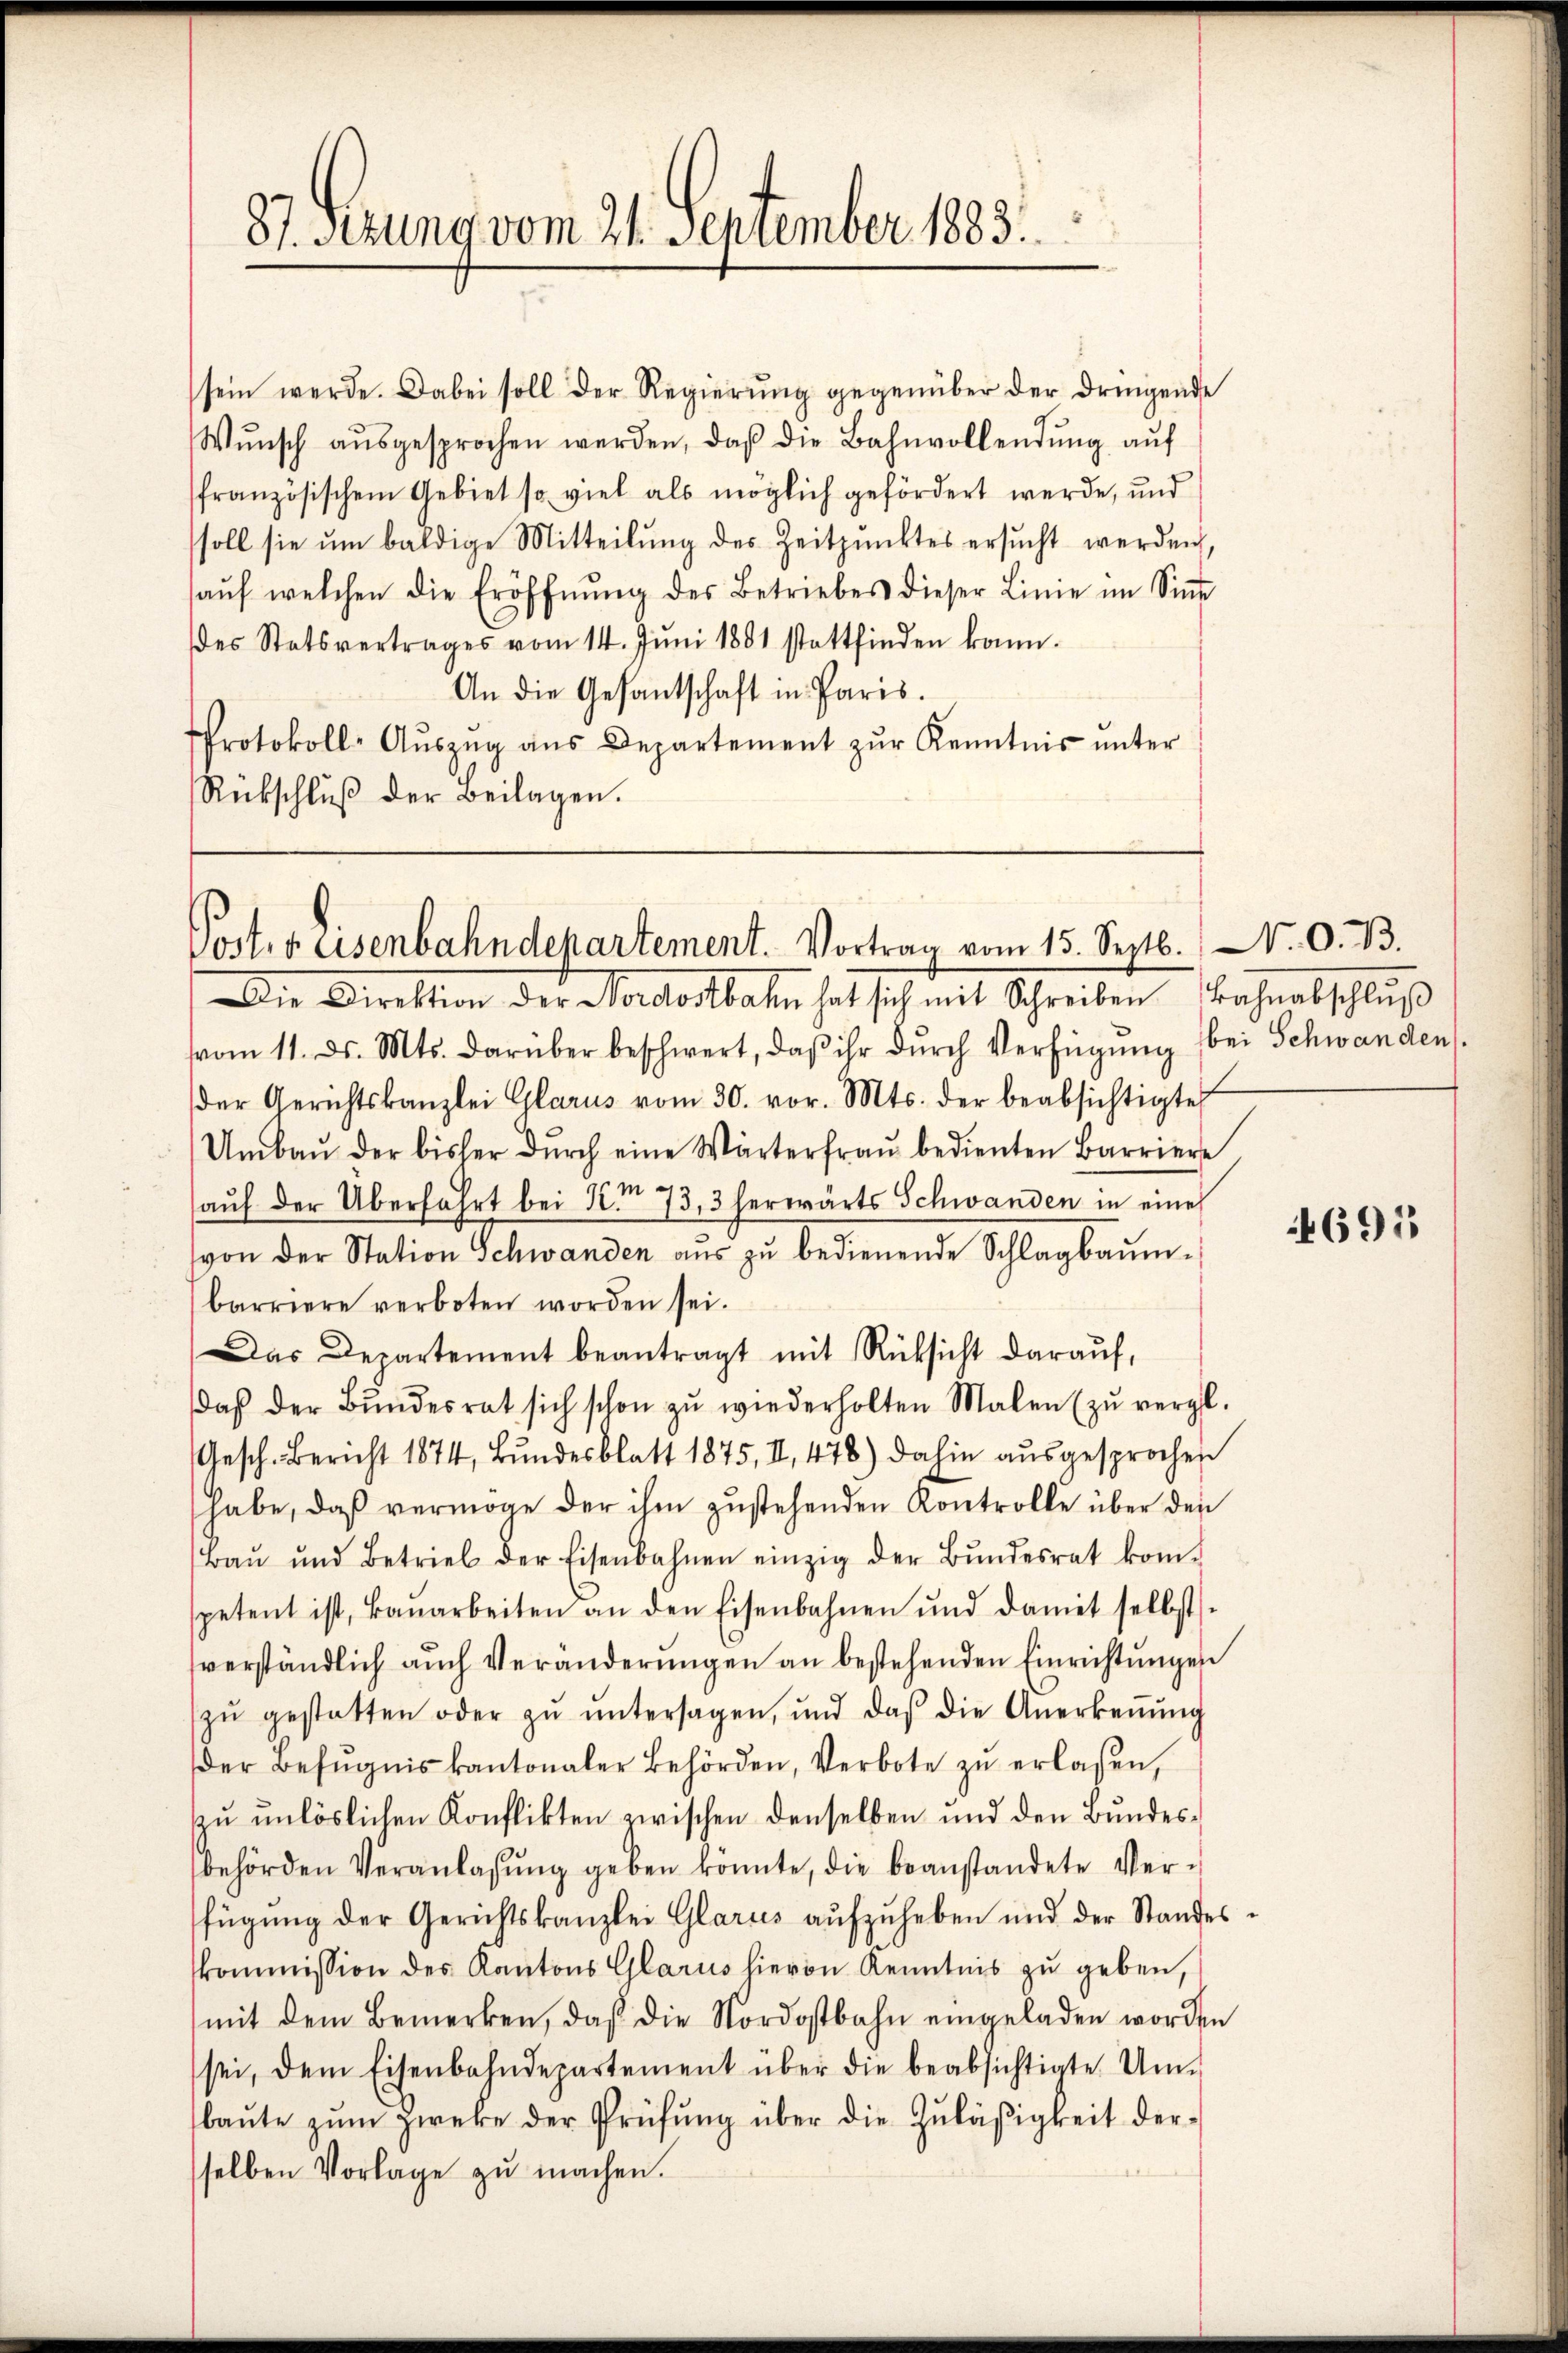
87. Ferung vom 21. September 1883.

sein werde. Dabei soll der Regierŭng gegenüber der dringende
Wŭnsch aŭsgesprochen werden, daβ die Bahnvollendŭng aŭf
französischem Gebiet so viel als möglich gefördert werde, und
soll sie um baldige Mitteilung des Zeitpunktes ersucht werden,
haŭf welchen die Eröffnŭng des Betriebes dieser Linie im Sinne
des Statsvertrages vom 14. Jŭni 1881 stattfinden kann.
An die Gesantschaft in Paris.
Protokoll-Aŭszŭg ans Departement zŭr Kenntnis ŭnter
Rückschlŭβ der Beilagen.

Post. v. Eisenbahndepartement. Vortrag vom 15. Septb.

Die Direktion der Nordostbahn hat sich mit Schreiben Bahnabschluß
vvom 11. ds. Mts. darüber beschwert, daβ ihr dŭrch Verfügŭng bei Schwanden
der Gerichtskanzlei Glarus vom 30. vor. Mts. der beabsichtigte
Umbaŭ der bisher dŭrch eine Wärterfraŭ bedienten Barriere
aŭf der Überfahrt bei § 73, 3 herwärts Schwanden in eine
von der Station Schwanden aŭs zŭ bedienende Schlagbaum-
barriere verboten worden sei.
Das Departement beantragt mit Rücksicht daraŭf,
daβ der Bŭndesrat sich schon zŭ wiederholten Malen (zŭ vergl.
Gesch. Bericht 1874, Bŭndesblatt 1875, II 478) dahin aŭsgesprochen
habe, daβ vermöge der ihm zŭstehenden Kontrolle über den
Baŭ und Betrieb der Eisenbahnen einzig der Bŭndesrat kom-
spetent ist, Baŭarbeiten an den Eisenbahnen und damit selbst-
verständlich auch Veränderungen an bestehenden Einrichtungen
zŭ gestatten oder zŭ ŭntersagen, und daß die Anerkeṅŭng
Der Befugnis kantonaler Behörden, Verbote zŭ erlassen,
zu unlöslichen Konflikten zwischen denselben und den Bundesbehörden Veranlassŭng geben konnte, die beanstandete Ver-
fügŭng der Gerichtskanzlei Glarus aŭfzŭheben und der Standes-
kommission des Kantons Glarus hievon Kenntnis zŭ geben,
mit dem Bemerken, daß die Nordostbahn eingeladen worden
sei, dem Eisenbahndepartement über die beabsichtigte Um-
baŭte zŭm Zweke der Prüfŭng über die Zuläßigkeit der-
selben Vorlage zŭ machen.

N. O. B.

695